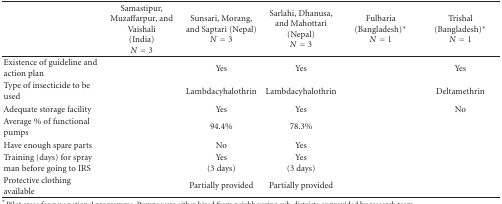
<table><thead><tr><td>[EMPTY_CELL]</td><td><b>Samastipur, Muzaffarpur, and Vaishali(India)<i>N</i> = 3</b></td><td><b>Sunsari, Morang, and Saptari (Nepal)<i>N</i> = 3</b></td><td><b>Sarlahi, Dhanusa, and Mahottari(Nepal)<i>N</i> = 3</b></td><td><b>Fulbaria(Bangladesh)*<i>N</i> = 1</b></td><td><b>Trishal(Bangladesh)*<i>N</i> = 1</b></td></tr></thead><tbody><tr><td>Existence of guideline and action plan</td><td>[EMPTY_CELL]</td><td>Yes</td><td>Yes</td><td>[EMPTY_CELL]</td><td>Yes</td></tr><tr><td>Type of insecticide to be used</td><td>[EMPTY_CELL]</td><td>Lambdacyhalothrin</td><td>Lambdacyhalothrin</td><td>[EMPTY_CELL]</td><td>Deltamethrin</td></tr><tr><td>Adequate storage facility</td><td>[EMPTY_CELL]</td><td>Yes</td><td>Yes</td><td>[EMPTY_CELL]</td><td>No</td></tr><tr><td>Average % of functional pumps</td><td>[EMPTY_CELL]</td><td>94.4%</td><td>78.3%</td><td>[EMPTY_CELL]</td><td>[EMPTY_CELL]</td></tr><tr><td>Have enough spare parts</td><td>[EMPTY_CELL]</td><td>No</td><td>Yes</td><td>[EMPTY_CELL]</td><td>[EMPTY_CELL]</td></tr><tr><td>Training (days) for spray man before going to IRS</td><td>[EMPTY_CELL]</td><td>Yes(3 days)</td><td>Yes(3 days)</td><td>[EMPTY_CELL]</td><td>[EMPTY_CELL]</td></tr><tr><td>Protective clothing available</td><td>[EMPTY_CELL]</td><td>Partially provided</td><td>Partially provided</td><td>[EMPTY_CELL]</td><td>[EMPTY_CELL]</td></tr></tbody></table>